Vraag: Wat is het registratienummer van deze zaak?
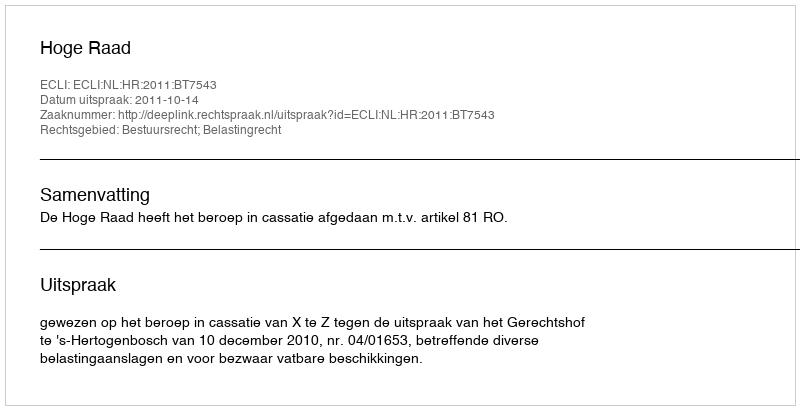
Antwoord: http://deeplink.rechtspraak.nl/uitspraak?id=ECLI:NL:HR:2011:BT7543